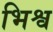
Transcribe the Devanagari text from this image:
भिश्व